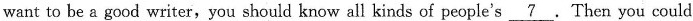
want to be a good writer,you should know all kinds of people's \underline{7}. Then you could